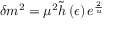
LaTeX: \delta m ^ { 2 } = \mu ^ { 2 } \tilde { h } \left( \epsilon \right) e ^ { \frac { 2 } { u } }